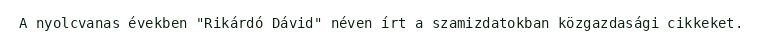
A nyolcvanas években "Rikárdó Dávid" néven írt a szamizdatokban közgazdasági cikkeket.